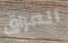
العراق